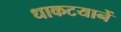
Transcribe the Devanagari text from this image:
धाकटयानें